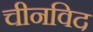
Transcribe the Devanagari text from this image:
चीनविद